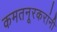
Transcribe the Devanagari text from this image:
कमतनूरकरांनी